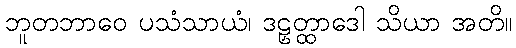
ဘူတဘာဝေ ပသံသာယံ၊ ဒဠှတ္ထာဒေါ သိယာ အတိ။